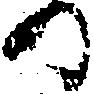
の